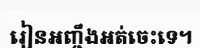
រៀនអញ្ចឹងអត់ចេះទេ។